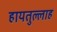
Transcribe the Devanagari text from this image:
हायतुल्लाह